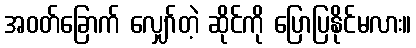
အဝတ်ခြောက် လျှော်တဲ့ ဆိုင်ကို ပြောပြနိုင်မလား။